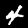
Digit: 4